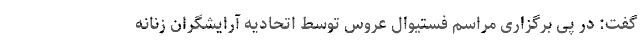
گفت: در پی برگزاری مراسم فستیوال عروس توسط اتحادیه آرایشگران زنانه